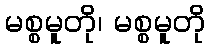
မစ္စမူတို၊ မစ္စမူတို